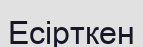
Есірткен